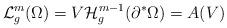
LaTeX: \begin{align*}\mathcal {L}^m_g(\Omega) = V \mathcal{H}^{m-1}_g (\partial^* \Omega) = A(V)\end{align*}